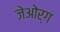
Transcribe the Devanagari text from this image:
जेओर्ग